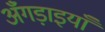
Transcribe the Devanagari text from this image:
अँगड़ाइयाँ